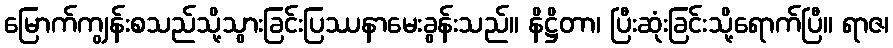
မြောက်ကျွန်းစသည်သို့သွားခြင်းပြဿနာမေးခွန်းသည်။ နိဋ္ဌိတာ၊ ပြီးဆုံးခြင်းသို့ရောက်ပြီ။ ရာဇ၊